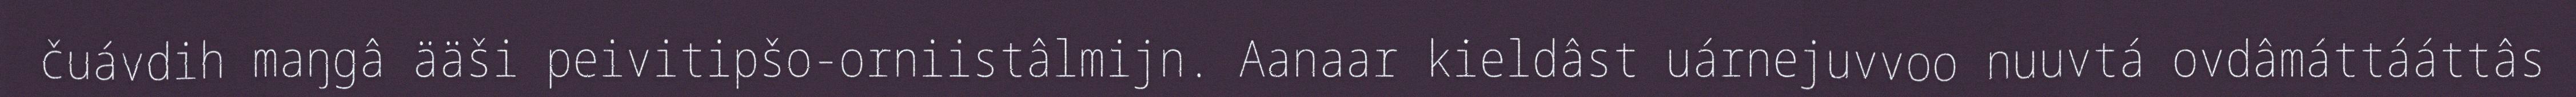
čuávdih maŋgâ ääši peivitipšo-orniistâlmijn. Aanaar kieldâst uárnejuvvoo nuuvtá ovdâmáttááttâs